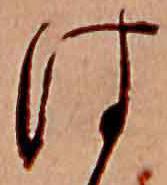
は